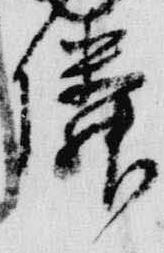
隣